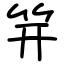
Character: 笄